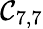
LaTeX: \mathcal{C}_{7,7}